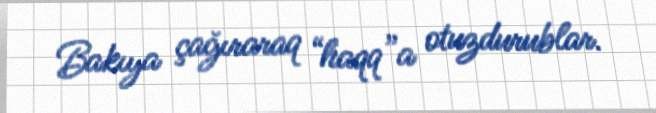
Bakıya çağıraraq “haqq”a otuzdurublar.